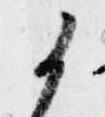
候